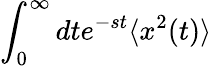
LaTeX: \int_{0}^{\infty}dte^{-st}\langle x^{2}(t)\rangle